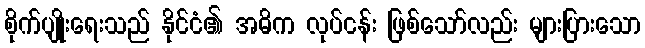
စိုက်ပျိုးရေးသည် နိုင်ငံ၏ အဓိက လုပ်ငန်း ဖြစ်သော်လည်း များပြားသော